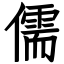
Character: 儒